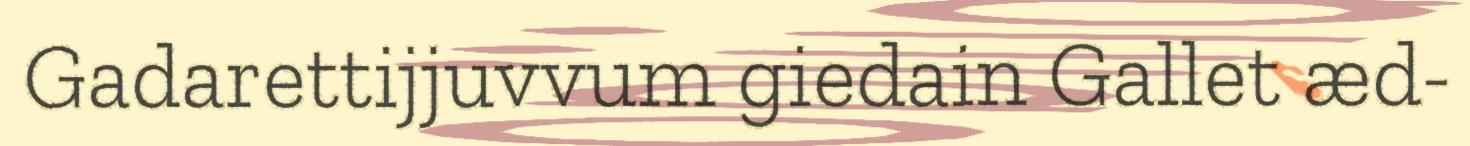
Gadarettijjuvvum giedain Gallet æd-